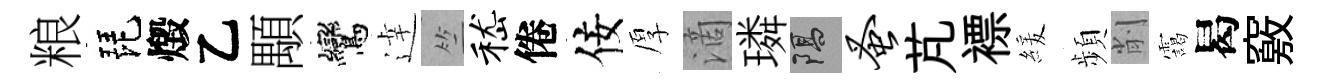
粮琵燬乙顒鸞逹竺嵇倦佞厚滴璘隔蚤芃褾緩頻削靄曷竅